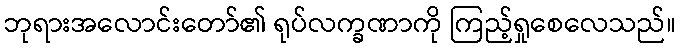
ဘုရားအလောင်းတော်၏ ရုပ်လက္ခဏာကို ကြည့်ရှုစေလေသည်။